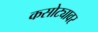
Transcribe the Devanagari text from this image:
कसोट्यावर